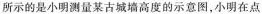
所示的是小明测量某古城墙高度的示意图，小明在点